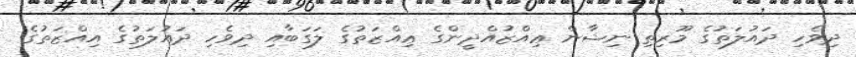
ދިވެހި ދައުލަތުގެ މޫރިތި ނިޝާން ޢިއްޒުއްދީންގެ ޢިއްޒަތުގެ ލަގަބާއި ދިވެހި ދައުލަތުގެ އިއްޒަތުގެ